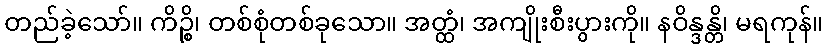
တည်ခဲ့သော်။ ကိဉ္စိ၊ တစ်စုံတစ်ခုသော။ အတ္ထံ၊ အကျိုးစီးပွားကို။ နဝိန္ဒန္တိ၊ မရကုန်။